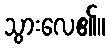
သွားလေ၏။